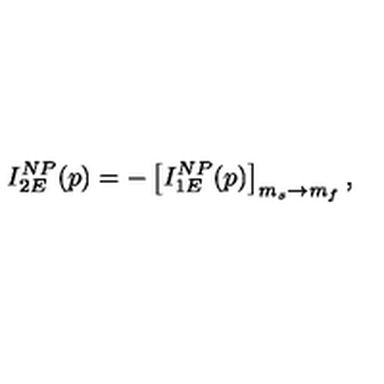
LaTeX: I _ { 2 E } ^ { N P } ( p ) = - \left[ I _ { 1 E } ^ { N P } ( p ) \right] _ { m _ { s } \rightarrow m _ { f } } ,